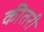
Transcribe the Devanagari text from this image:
कीतरी